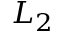
L _ { 2 }